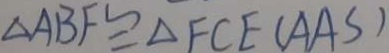
\Delta A B F \cong \Delta F C E ( A A S )